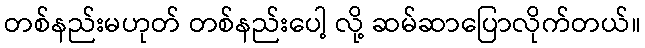
တစ်နည်းမဟုတ် တစ်နည်းပေါ့ လို့ ဆမ်ဆာပြောလိုက်တယ်။